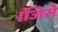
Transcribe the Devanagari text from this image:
।जिसे